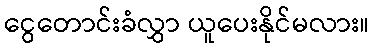
ငွေတောင်းခံလွှာ ယူပေးနိုင်မလား။